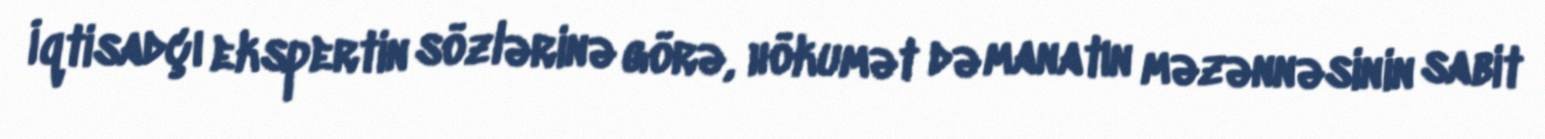
İqtisadçı ekspertin sözlərinə görə, hökumət də manatın məzənnəsinin sabit